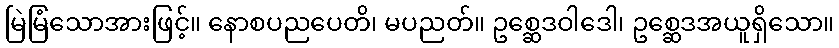
မြဲမြံသောအားဖြင့်။ နောစပညပေတိ၊ မပညတ်။ ဥစ္ဆေဒဝါဒေါ၊ ဥစ္ဆေဒအယူရှိသော။